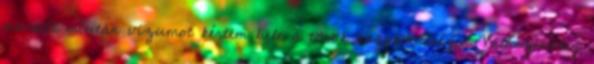
maradt miután vízumot kértem bele a török nagykövetségen. Valószínűleg